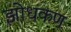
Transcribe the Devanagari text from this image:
झोधकण